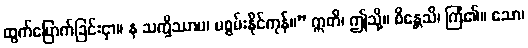
ထွက်မြောက်ခြင်းငှာ။ န သက္ခိဿာမ၊ မစွမ်းနိုင်ကုန်။” ဣတိ၊ ဤသို့။ စိန္တေသိ၊ ကြံ၏။ သော၊